Reports on military cantonments and civil stations in the Presidency of Bombay inspected by the Sanitary Commissioner in the years 1875 and 1876
Year: 1875
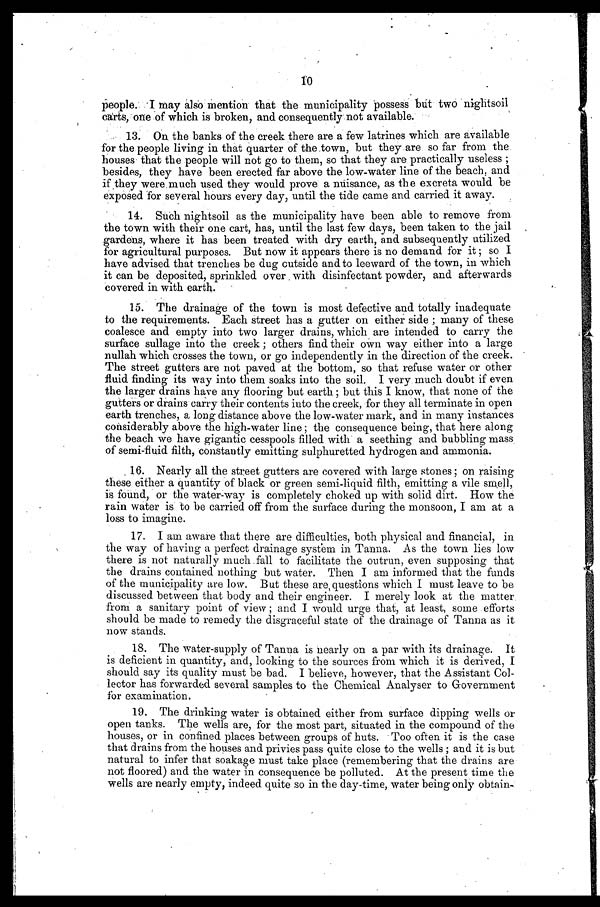
10
people. I may also mention that the municipality possess but two nightsoil
carts, one of which is broken, and consequently not available.
13. On the banks of the creek there are a few latrines which are available
for the people living in that quarter of the town, but they are so far from the
houses that the people will not go to them, so that they are, practically useless;
besides, they have been erected far above the low-water line of the beach, and
if they were much used they would prove a nuisance, as the excreta would be
exposed for several hours every day, until the tide came and carried it away.
14. Such nightsoil as the municipality have been able to remove from
the town with their one cart, has, until the last few days, been taken to the jail
gardens, where it has been treated with dry earth, and subsequently utilized
for agricultural purposes. But now it appears there is no demand for it; so I
have advised that trenches be dug outside and to leeward of the town, in which
it can be deposited, sprinkled over with disinfectant powder, and afterwards
covered in with earth.
15. The drainage of the town is most defective and totally inadequate
to the requirements. Each street has a gutter on either side; many of these
coalesce and empty into two larger drains, which are intended to carry the
surface sullage into the creek ; others find their own way either into a large
nullah which crosses the town, or go independently in the direction of the creek.
The street gutters are not paved at the bottom, so that refuse water or other
fluid finding its way into them soaks into the soil. I very much doubt if even
the larger drains have any flooring but earth; but this I know, that none of the
gutters or drains carry their contents into the creek, for they all terminate in open
earth trenches, a long distance above the low-water mark, and in many instances
considerably above the high-water line; the consequence being, that here along
the beach we have gigantic cesspools filled with a seething and bubbling mass
of semi-fluid filth, constantly emitting sulphuretted hydrogen and ammonia.
16. Nearly all the street gutters are covered with large stones; on raising
these either a quantity of black or green semi-liquid filth, emitting a vile smell,
is found, or the water-way is completely choked up with solid dirt. How the
rain water is to be carried off from the surface during the monsoon, I am at a
loss to imagine.
17. I am aware that there are difficulties, both physical and financial, in
the way of having a perfect drainage system in Tanna. As the town lies low
there is not naturally much fall to facilitate the outrun, even supposing that
the drains contained nothing but water. Then I am informed that the funds
of the municipality are low. But these are questions which I must leave to be
discussed between that body and their engineer. I merely look at the matter
from a sanitary point of view; and I would urge that, at least, some efforts
should be made to remedy the disgraceful state of the drainage of Tanna as it
now stands.
18. The water-supply of Tanna is nearly on a par with its drainage. It
is deficient in quantity, and, looking to the sources from which it is derived, I
should say its quality must be bad. I believe, however, that the Assistant Col
-lector has forwarded several samples to the Chemical Analyser to Government
for examination.
19. The drinking water is obtained either from surface dipping wells or
open tanks. The wells are, for the most part, situated in the compound of the
houses, or in confined places between groups of huts. Too often it is the case
that drains from the houses and privies pass quite close to the wells; and it is but
natural to infer that soakage must take place (remembering that the drains are
not floored) and the water in consequence be polluted. At the present time the
wells are nearly empty, indeed quite so in the day-time, water being only obtain-